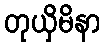
တုယှိမိနာ